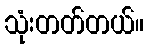
သုံးတတ်တယ်။